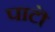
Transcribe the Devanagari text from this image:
पाटॊ